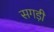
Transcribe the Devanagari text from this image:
सगड़ी